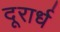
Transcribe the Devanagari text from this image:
दूरार्ध